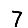
Digit: 7